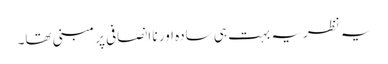
یہ نظریہ بہت ہی سادہ اور نا انصافی پر مبنی تھا۔